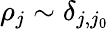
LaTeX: \rho_{j}\sim\delta_{j,j_{0}}